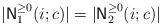
LaTeX: \begin{align*}|{\sf N}_1^{\geq 0}(i; c)| = |{\sf N}_2^{\geq 0}(i; c)|\end{align*}